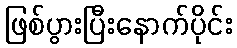
ဖြစ်ပွားပြီးနောက်ပိုင်း